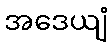
အဒေယျံ